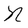
Character: N